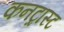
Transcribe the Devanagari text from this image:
कनट्रास्ट